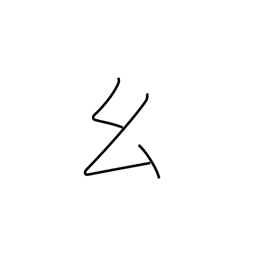
Meaning: short thread radical (no. 52)